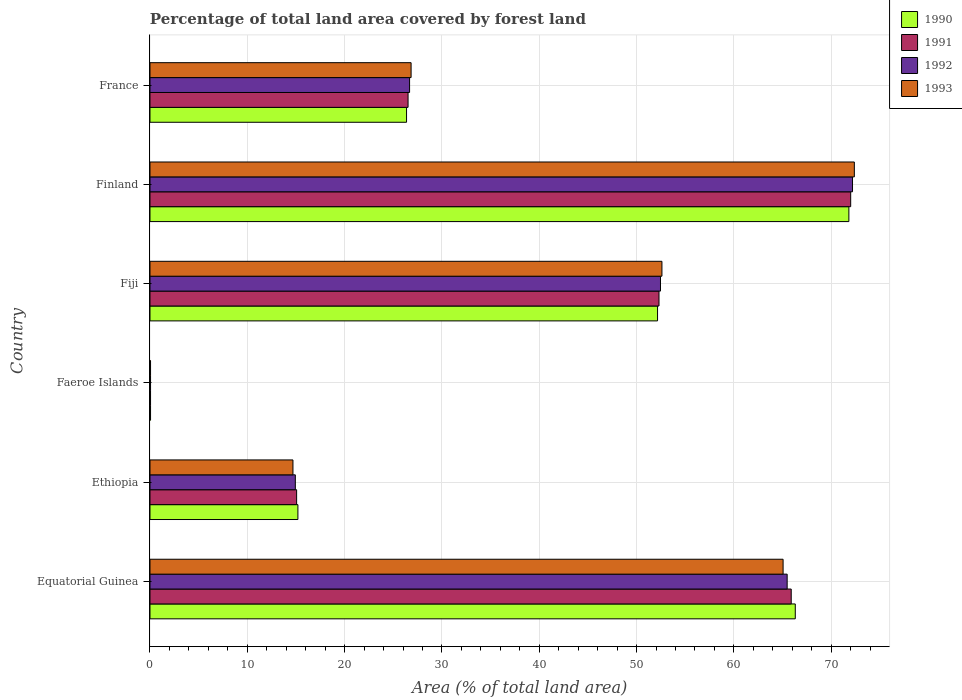
| Country | 1990 | 1991 | 1992 | 1993 |
 | --- | --- | --- | --- | --- |
 | Equatorial Guinea | 66.3 | 65.9 | 65.5 | 65.1 |
 | Ethiopia | 15.2 | 15.1 | 14.9 | 14.7 |
 | Faeroe Islands | 0.0573 | 0.0573 | 0.0573 | 0.0573 |
 | Fiji | 52.2 | 52.3 | 52.5 | 52.6 |
 | Finland | 71.8 | 72 | 72.2 | 72.4 |
 | France | 26.4 | 26.5 | 26.7 | 26.8 |